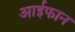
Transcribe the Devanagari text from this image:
आईफान